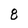
Character: 8